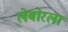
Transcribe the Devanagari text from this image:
लेबोरला